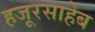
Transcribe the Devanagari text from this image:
हजूरसाहेब